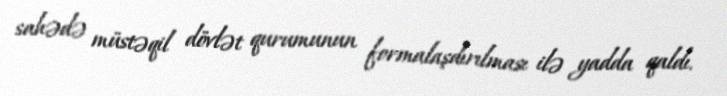
sahədə müstəqil dövlət qurumunun formalaşdırılması ilə yadda qaldı.